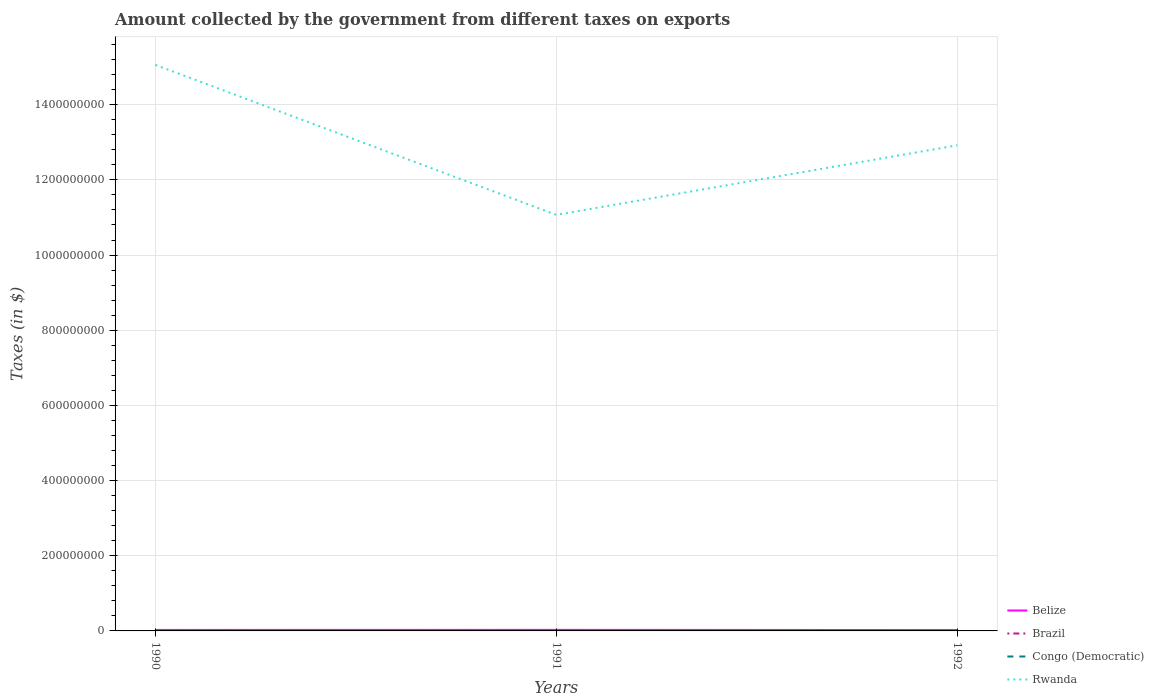
| Years | Belize | Brazil | Congo (Democratic) | Rwanda |
 | --- | --- | --- | --- | --- |
 | 1990 | 2.6e+06 | 1.02e+03 | 0.0857 | 1.51e+09 |
 | 1991 | 2.84e+06 | 1.53e+03 | 0.977 | 1.11e+09 |
 | 1992 | 2.34e+06 | 1.2e+03 | 34.5 | 1.29e+09 |